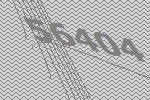
56404